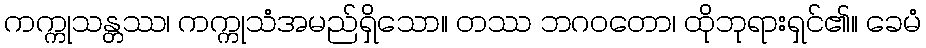
ကက္ကုသန္တဿ၊ ကက္ကုသံအမည်ရှိသော။ တဿ ဘဂဝတော၊ ထိုဘုရားရှင်၏။ ခေမံ